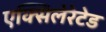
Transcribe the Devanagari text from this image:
एक्सिलेरेटेड